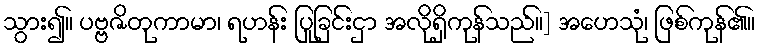
သွား၍။ ပဗ္ဗဇိတုကာမာ၊ ရဟန်း ပြုခြင်းငှာ အလိုရှိကုန်သည်။] အဟေသုံ၊ ဖြစ်ကုန်၏။